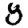
Digit: 8